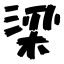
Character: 梁